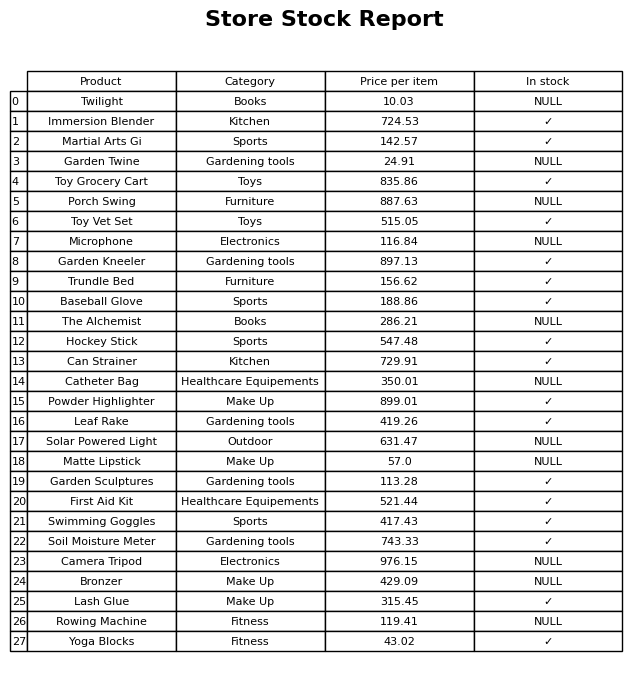
question: Is the Garden Sculptures in stock?
answer: ✓